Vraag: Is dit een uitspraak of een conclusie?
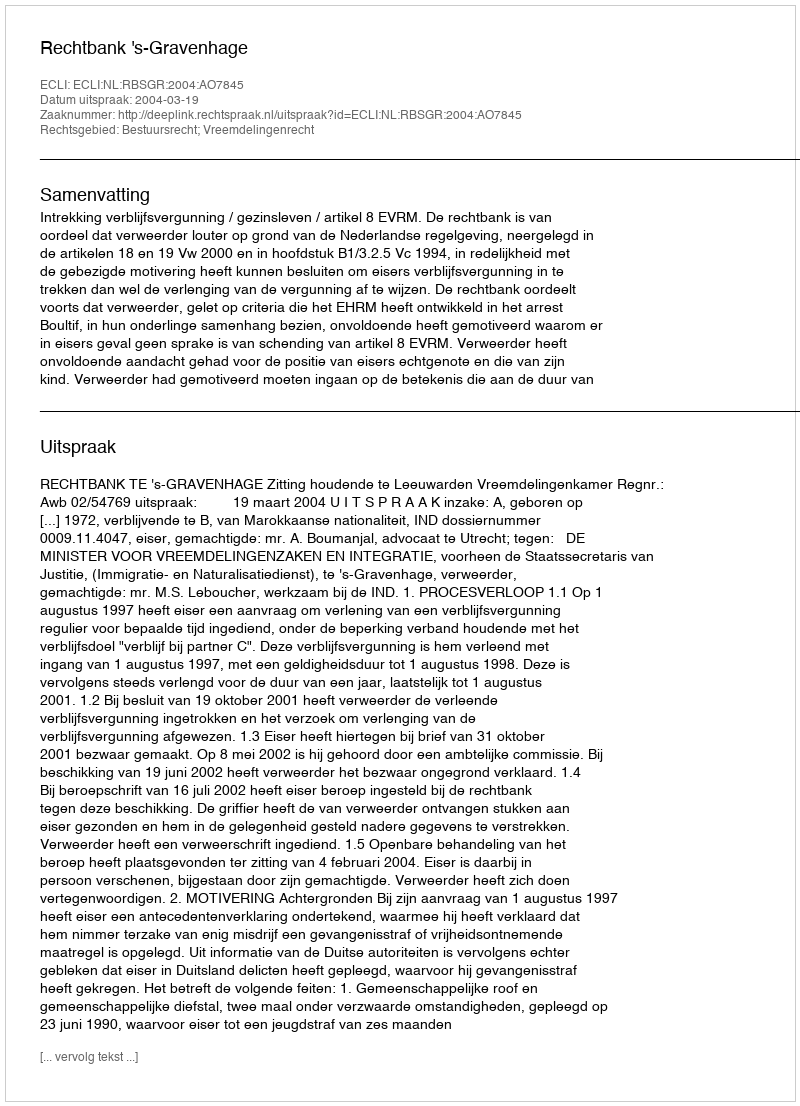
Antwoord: Uitspraak